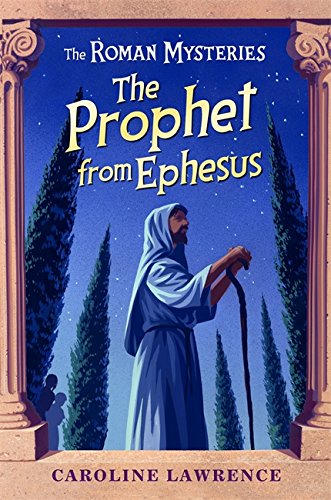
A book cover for The Prophet from Ephesus (The Roman Mysteries); Caroline Lawrence; Teen & Young Adult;